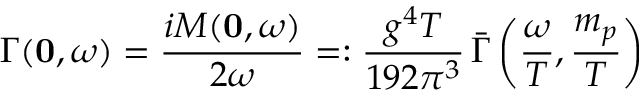
\Gamma ( { \bf 0 } , \omega ) = \frac { i { \cal M } ( { \bf 0 } , \omega ) } { 2 \omega } = : \frac { g ^ { 4 } T } { 1 9 2 \pi ^ { 3 } } \, { \bar { \Gamma } } \left( \frac { \omega } { T } , \frac { m _ { p } } { T } \right)